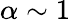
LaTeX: \alpha\sim 1